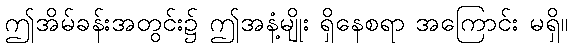
ဤအိမ်ခန်းအတွင်း၌ ဤအနံ့မျိုး ရှိနေစရာ အကြောင်း မရှိ။